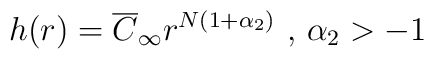
h(r)=\overline{C}_\infty r^{N(1+\alpha _2)}\mbox{ , }\alpha _2>-1